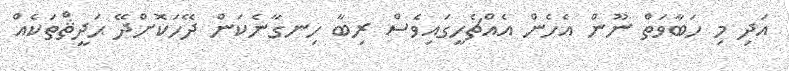
އަދި މި ހަބާވަތް ނޫން އެހެން އެއްޗެހީގައިވެސް ރިބާ ހިނގާނެކަން ދޭހަކޮށްދޭ ޙަދީޘްތަކެއް